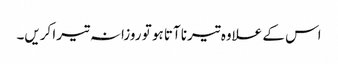
اس کے علاوہ تیرنا آتا ہو تو روزانہ تیرا کریں۔